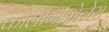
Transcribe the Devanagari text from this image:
कोलेगिओलेस